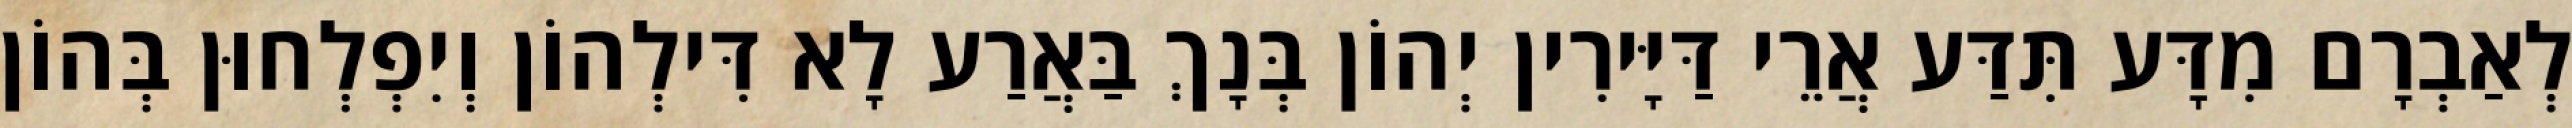
לְאַבְרָם מִדָּע תִּדַּע אֲרֵי דַּיָּירִין יְהוֹן בְּנָךְ בַּאֲרַע לָא דִּילְהוֹן וְיִפְלְחוּן בְּהוֹן